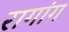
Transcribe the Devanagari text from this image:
रागांग